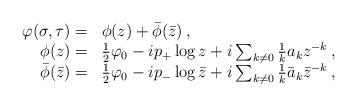
LaTeX: \begin{align*}\begin{array}{rl}\displaystyle \varphi (\sigma ,\tau )= & \phi (z)+\bar{\phi }(\bar{z})\: ,\\\phi (z)= & \frac{1}{2}\varphi _{0}-ip_{+}\log z+i\sum _{k\neq 0}\frac{1}{k}a_{k}z^{-k}\: ,\\\bar{\phi }(\bar{z})= & \frac{1}{2}\varphi _{0}-ip_{-}\log \bar{z}+i\sum _{k\neq 0}\frac{1}{k}\bar{a}_{k}\bar{z}^{-k}\: ,\end{array}\end{align*}